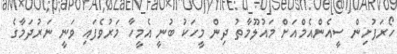
ހޯރަފުށިން ސީއެންއެމްއަށް މައުލޫމާތު ދިން މީހަކު ބުނީ އެމީހާ މަރުވެފައި ވަނީ ނަރުދަމާގެ